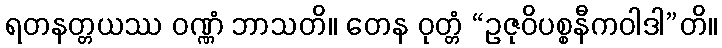
ရတနတ္တယဿ ဝဏ္ဏံ ဘာသတိ။ တေန ဝုတ္တံ “ဥဇုဝိပစ္စနီကဝါဒါ”တိ။